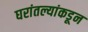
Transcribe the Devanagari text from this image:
घरांतल्यांकडून